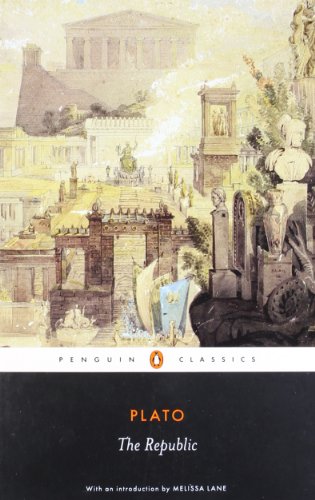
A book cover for The Republic (Penguin Classics); Plato; Literature & Fiction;